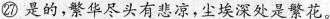
㉗ 是的，繁华尽头有悲凉，尘埃深处是繁花。